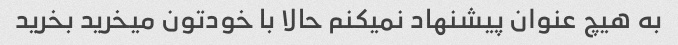
به هیچ عنوان پیشنهاد نمیکنم حالا با خودتون میخرید بخرید